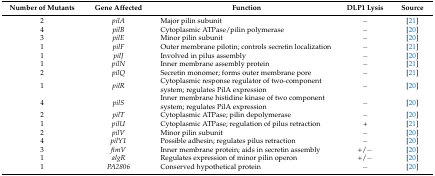
<table><thead><tr><td><b>Number of Mutants</b></td><td><b>Gene Affected</b></td><td><b>Function</b></td><td><b>DLP1 Lysis</b></td><td><b>Source</b></td></tr></thead><tbody><tr><td>2</td><td><i>pilA</i></td><td>Major pilin subunit</td><td>−</td><td>[21]</td></tr><tr><td>4</td><td><i>pilB</i></td><td>Cytoplasmic ATPase/pilin polymerase</td><td>−</td><td>[20]</td></tr><tr><td>3</td><td><i>pilE</i></td><td>Minor pilin subunit</td><td>−</td><td>[20]</td></tr><tr><td>1</td><td><i>pilF</i></td><td>Outer membrane pilotin; controls secretin localization</td><td>−</td><td>[21]</td></tr><tr><td>1</td><td><i>pilJ</i></td><td>Involved in pilus assembly</td><td>−</td><td>[20]</td></tr><tr><td>1</td><td><i>pilN</i></td><td>Inner membrane assembly protein</td><td>−</td><td>[21]</td></tr><tr><td>2</td><td><i>pilQ</i></td><td>Secretin monomer; forms outer membrane pore</td><td>−</td><td>[21]</td></tr><tr><td>1</td><td><i>pilR</i></td><td>Cytoplasmic response regulator of two-component system; regulates PilA expression</td><td>−</td><td>[20]</td></tr><tr><td>4</td><td><i>pilS</i></td><td>Inner membrane histidine kinase of two component system; regulates PilA expression</td><td>−</td><td>[20]</td></tr><tr><td>2</td><td><i>pilT</i></td><td>Cytoplasmic ATPase; pilin depolymerase</td><td>−</td><td>[20]</td></tr><tr><td>1</td><td><i>pilU</i></td><td>Cytoplasmic ATPase; regulation of pilus retraction</td><td>+</td><td>[21]</td></tr><tr><td>2</td><td><i>pilV</i></td><td>Minor pilin subunit</td><td>−</td><td>[20]</td></tr><tr><td>4</td><td><i>pilY1</i></td><td>Possible adhesin; regulates pilus retraction</td><td>−</td><td>[20]</td></tr><tr><td>3</td><td><i>fimV</i></td><td>Inner membrane protein; aids in secretin assembly</td><td>+/−</td><td>[20]</td></tr><tr><td>1</td><td><i>algR</i></td><td>Regulates expression of minor pilin operon</td><td>+/−</td><td>[20]</td></tr><tr><td>1</td><td><i>PA2806</i></td><td>Conserved hypothetical protein</td><td>−</td><td>[20]</td></tr></tbody></table>